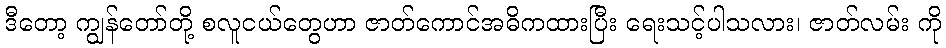
ဒီတော့ ကျွန်တော်တို့ စလူငယ်တွေဟာ ဇာတ်ကောင်အဓိကထားပြီး ရေးသင့်ပါသလား၊ ဇာတ်လမ်း ကို